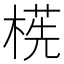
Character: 㮱